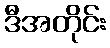
ဒီအတိုင်း